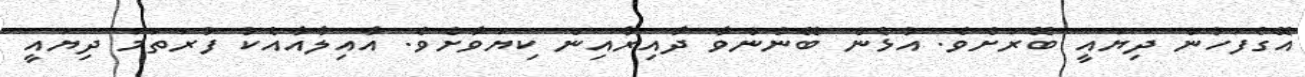
އޭގެފަހުން ދިޔައީ ބޭރަށެވެ. އުޅެން ބޭނުންވާ ދާއިރާއިން ކިޔަވާށެވެ. އާއިލާއާއެކު ފުރަތަމަ ދިޔައީ